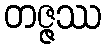
တဇ္ဇဿ